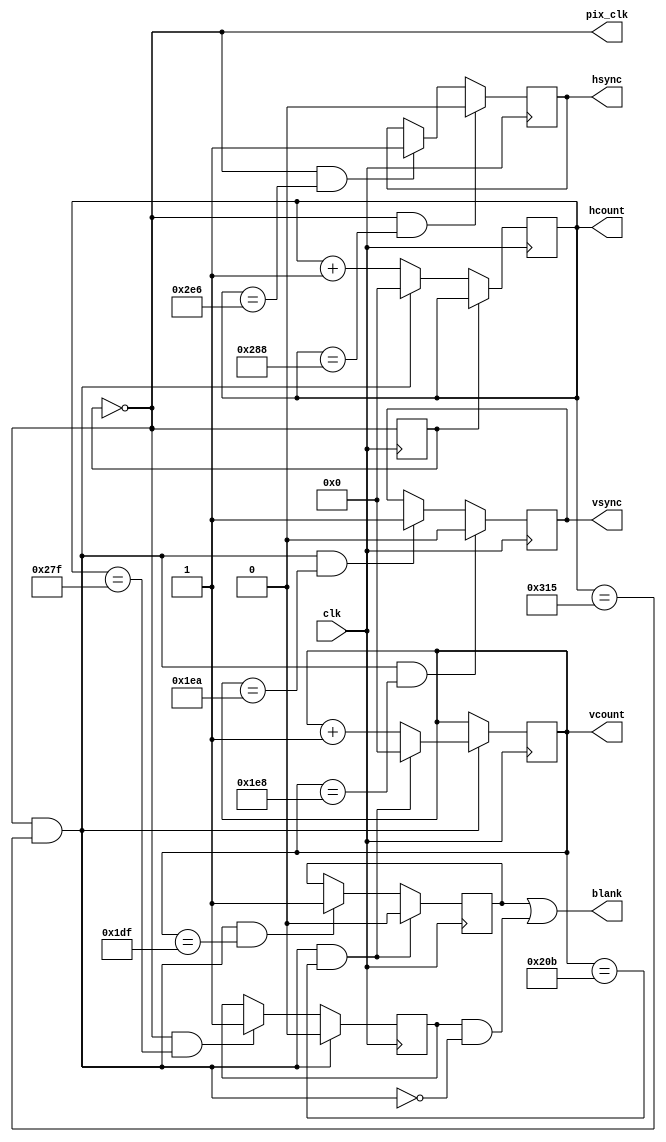
`timescale 1ns / 1ps
//////////////////////////////////////////////////////////////////////////////////
// Company: 
// Engineer: 
// 
// Design Name: 
// Module Name:    vga_sync 
// Project Name: 
// Target Devices: 
// Tool versions: 
// Description: 
//
// Dependencies: 
//
// Revision: 
// Revision 0.01 - File Created
// Additional Comments: 
//
//////////////////////////////////////////////////////////////////////////////////

module vga_sync(clk,hsync,vsync,hcount,vcount,pix_clk,blank);

   input clk;     // 50Mhz
   output hsync;
   output vsync;
   output [9:0] hcount, vcount;
   output 	pix_clk;
   output 	blank;
   
	// pixel clock: 25Mhz = 40ns (clk/2)
   reg 		pcount;		 // used to generate pixel clock
   wire 	en = (pcount == 0);
   always @ (posedge clk) pcount <= ~pcount;
   assign 	pix_clk = en;
   
   //****************************************************************
   //****************************************************************
   //***
   //***  Sync and Blanking Signals
   //***
   //****************************************************************
   //****************************************************************
   
   reg 		hsync,vsync,hblank,vblank;
   reg [9:0] 	hcount;      // pixel number on current line
   reg [9:0] 	vcount;	 // line number
   
	initial begin 
	 	hsync=1;
		vsync=1;
		hcount=0;
		vcount=0;
		hblank=0;
		vblank=0;
		pcount=0;
		end
		
	
   // horizontal: 794 pixels = 31.76us
   // display 640 pixels per line
   wire 	hsyncon,hsyncoff,hreset,hblankon;
   assign 	hblankon = en & (hcount == 639);    
   assign 	hsyncon = en & (hcount == 652-4);
   assign 	hsyncoff = en & (hcount == 746-4);
   assign 	hreset = en & (hcount == 793-4);
   
   wire 	blank =  (vblank | (hblank & ~hreset));    // blanking => black
   
   // vertical: 528 lines = 16.77us
   // display 480 lines
   wire 	vsyncon,vsyncoff,vreset,vblankon;
   assign 	vblankon = hreset & (vcount == 479);    
   assign 	vsyncon = hreset & (vcount == 492-4);
   assign 	vsyncoff = hreset & (vcount == 494-4);
   assign 	vreset = hreset & (vcount == 527-4);
   
	// sync and blanking
   always @(posedge clk) begin
      hcount <= en ? (hreset ? 0 : hcount + 1) : hcount;
      hblank <= hreset ? 0 : hblankon ? 1 : hblank;
      hsync <= hsyncon ? 0 : hsyncoff ? 1 : hsync;   // hsync is active low
      
      vcount <= hreset ? (vreset ? 0 : vcount + 1) : vcount;
      vblank <= vreset ? 0 : vblankon ? 1 : vblank;
      vsync <= vsyncon ? 0 : vsyncoff ? 1 : vsync;   // vsync is active low
   end
   
endmodule